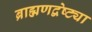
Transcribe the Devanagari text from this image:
ब्राह्मणद्वेष्ट्या